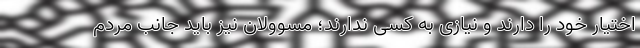
اختیار خود را دارند و نیازی به کسی ندارند؛ مسوولان نیز باید جانب مردم